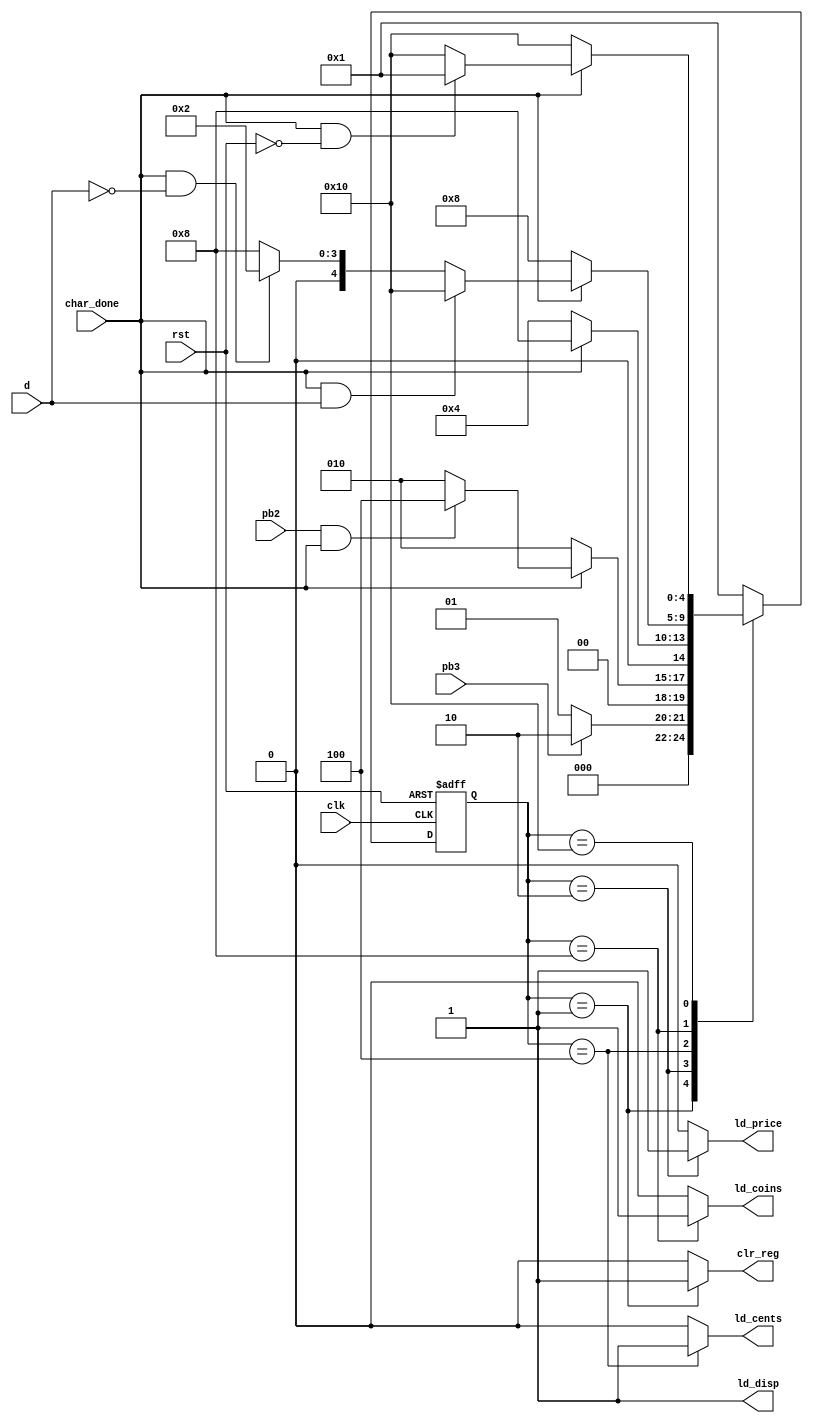
`timescale 1ns / 1ps
//////////////////////////////////////////////////////////////////////////////////
// Company: 
// 
// Design Name: 
// Module Name: oled_fsm
// Project Name: 
// Target Devices: 
// Tool Versions: 
// Description: OLED character write controller
// 
// Dependencies: 
// 
// Revision:
// Revision 0.01 - File Created
// Additional Comments:
// 
//////////////////////////////////////////////////////////////////////////////////


module oled_fsm(
    input clk, // input clk
    input rst, // reset signal
    input pb3, // pushbutton 3 (from wrapper)
    input pb2, // pushbutton 2 (from wrapper)
    input d, // dispense signal from soda fsm
    input char_done, // character done writing (from OLED)
    
    output reg clr_reg, // clear registers at initial state
    output reg ld_price, // load/enable soda price register
    output reg ld_cents, // load/enable coins going in
    output reg ld_coins, // load/enable total coin value in
    output reg ld_disp //  load/enable *DISPENSE* 
    );
    
    
   // defining FSM states (one hot encoding)
   parameter init = 5'b00001; // initial state
   parameter wrt_price = 5'b00010; // wait for soda price input (pb3)
   parameter wrt_coins = 5'b00100; // wait for coin value input (pb2)
   parameter wrt_tot_coins = 5'b01000; // print out total value of coins in 
   parameter wrt_disp = 5'b10000; // display dispense message from soda fsm signal
   
   reg [4:0] state, next_state; // state registers
   
   // synchronous state transition
   always @(posedge  clk, negedge rst) begin: state_register
    if(!rst) // det == 0
    state <= init; // going back to initial state
    
    else
    state <= next_state; // go to next state
    end
   
   // state transitions
   always @(state, pb3, pb2, d, char_done) begin: next_state_logic
   next_state = state;
    case(state)
    init: begin // go to wrt_price if pb3 is pressed
        if (pb3)
        next_state = wrt_price;
        else
        next_state = init;                       
    end
    
    wrt_price: begin // go to wrt_coins if pb2
        if(!char_done)
        next_state = wrt_price;
        else if (pb2 && char_done)
        next_state = wrt_coins;
        else
        next_state = wrt_price;
    end
    
    wrt_coins: begin // show coin in value, go to next state once this is displayed
        if (!char_done)
        next_state = wrt_coins;
        else if (char_done)
        next_state = wrt_tot_coins;
        else
        next_state = wrt_coins;
    end
    
    wrt_tot_coins: begin // go to show total value once coin value is displayed
        if (!char_done)
        next_state = wrt_tot_coins;
        else if (char_done && d)
        next_state = wrt_disp;
        else if (char_done && !d)
        next_state = wrt_price;
        else
        next_state = wrt_tot_coins;
    end
    
    wrt_disp: begin // display DISPENSE message once coins in value >= soda price
        if (!char_done)
        next_state = wrt_disp;
        else if (char_done && !rst)
        next_state = init;
        else
        next_state = wrt_disp;
    end
    
    default : next_state = init;
    endcase 
    
   end
   
   // setting moore outputs
   always @(state) begin: moore_outputs
   // default values
   clr_reg <= 0;
   ld_price <= 0;
   ld_cents <= 0;
   ld_coins <= 0;
   ld_disp <= 1;
    case(state)
    init: begin 
        clr_reg <= 1;
    end
    
    wrt_price: begin
        ld_price <= 1;
    end
    
    wrt_coins: begin
        ld_cents <= 1;
    end
    
    wrt_tot_coins: begin
        ld_coins <= 1;
    end
    
    wrt_disp: begin
        ld_disp <= 1;
    end
    
    endcase
   end
endmodule